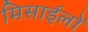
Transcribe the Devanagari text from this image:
मिसाईलों